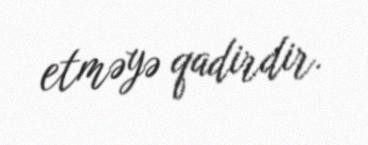
etməyə qadirdir.